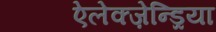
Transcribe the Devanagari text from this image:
ऐलेक्ज़ेन्ड्रिया